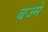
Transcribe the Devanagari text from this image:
बज्मे